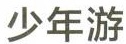
少年游